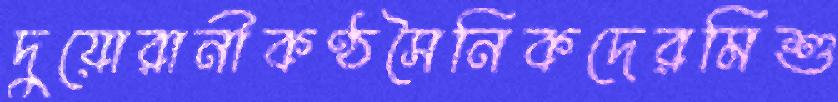
দুয়োরানীকণ্ঠসৈনিকদেরমিশু